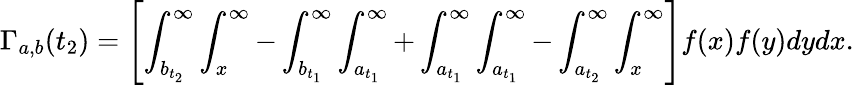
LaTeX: \Gamma_{a,b}(t_{2})=\left[\int_{b_{t_{2}}}^{\infty}\int_{x}^{\infty}-\int_{b_{t_{1}}}^{\infty}\int_{a_{t_{1}}}^{\infty}+\int_{a_{t_{1}}}^{\infty}\int_{a_{t_{1}}}^{\infty}-\int_{a_{t_{2}}}^{\infty}\int_{x}^{\infty}\right]f(x)f(y)dydx.